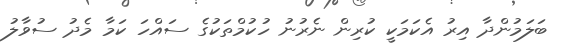
ބަލަމުންދާ އިރު އެކަމަކީ ކުރިން ނެރުނު ހުކުމްތަކުގެ ސައްހަ ކަމާ މެދު ސުވާލު